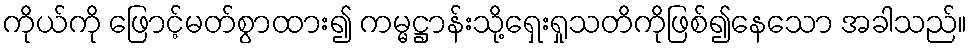
ကိုယ်ကို ဖြောင့်မတ်စွာထား၍ ကမ္မဋ္ဌာန်းသို့ရှေးရှုသတိကိုဖြစ်၍နေသော အခါသည်။